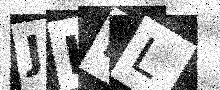
Text: JHLL